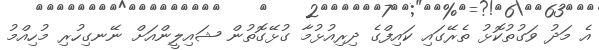
އެ މަދު ވަގުތުކޮޅު ތެރޭގައި ކައިފްގެ ދިރިއުޅުމާ ގުޅޭގޮތުން ޝައިލީންއަށް ނޭނގިހުރި މުހިއްމު